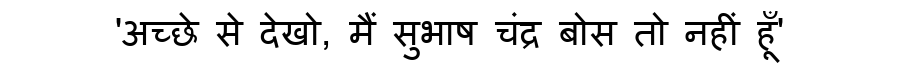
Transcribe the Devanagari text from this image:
'अच्छे से देखो, मैं सुभाष चंद्र बोस तो नहीं हूँ'